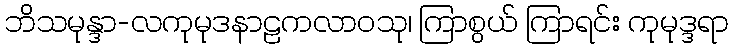
ဘိသမုန္ဒာ-လကုမုဒနာဠကလာဝသု၊ ကြာစွယ် ကြာရင်း ကုမုဒ္ဒရာ